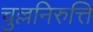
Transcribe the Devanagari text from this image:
चुल्लनिरुत्ति